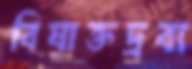
বিষাক্তদ্রব্য